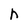
Character: n